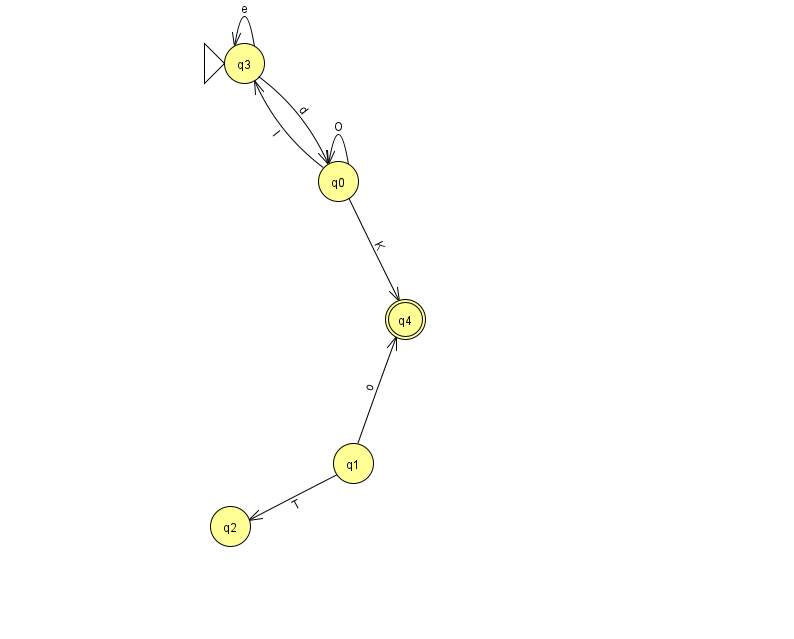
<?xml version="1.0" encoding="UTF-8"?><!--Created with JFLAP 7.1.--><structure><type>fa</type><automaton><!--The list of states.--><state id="0" name="q0"><x>338.0</x><y>168.0</y></state><state id="1" name="q1"><x>353.0</x><y>450.0</y></state><state id="2" name="q2"><x>230.0</x><y>513.0</y></state><state id="3" name="q3"><x>244.0</x><y>50.0</y><initial/></state><state id="4" name="q4"><x>405.0</x><y>306.0</y><final/></state><!--The list of transitions.--><transition><from>3</from><to>0</to><read>d</read></transition><transition><from>0</from><to>4</to><read>K</read></transition><transition><from>3</from><to>3</to><read>e</read></transition><transition><from>0</from><to>3</to><read>l</read></transition><transition><from>1</from><to>2</to><read>T</read></transition><transition><from>1</from><to>4</to><read>o</read></transition><transition><from>0</from><to>0</to><read>O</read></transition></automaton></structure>